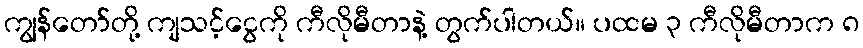
ကျွန်တော်တို့ ကျသင့်ငွေကို ကီလိုမီတာနဲ့ တွက်ပါတယ်။ ပထမ ၃ ကီလိုမီတာက ၈